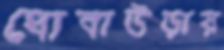
ধোবাউড়ায়